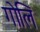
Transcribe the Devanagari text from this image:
गोलि